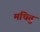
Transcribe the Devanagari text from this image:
मथितुं